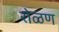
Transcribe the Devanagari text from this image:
रोळण